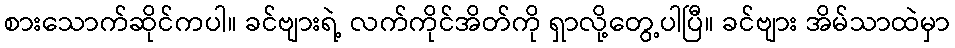
စားသောက်ဆိုင်ကပါ။ ခင်ဗျားရဲ့ လက်ကိုင်အိတ်ကို ရှာလို့တွေ့ပါပြီ။ ခင်ဗျား အိမ်သာထဲမှာ